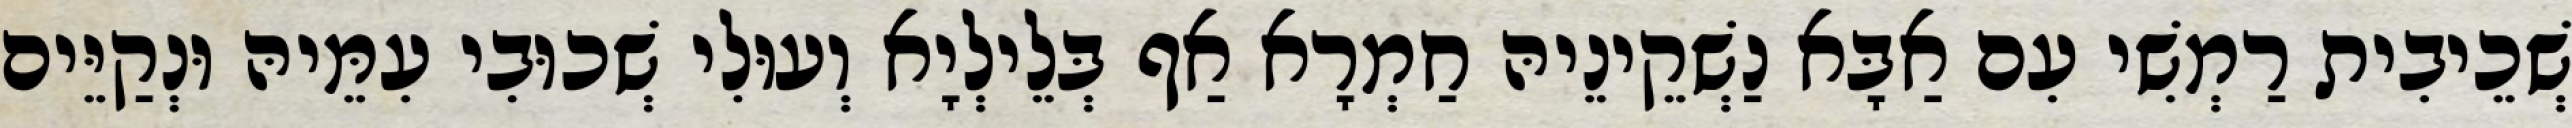
שְׁכֵיבִית רַמְשִׁי עִם אַבָּא נַשְׁקֵינֵיהּ חַמְרָא אַף בְּלֵילְיָא וְעוּלִי שְׁכוּבִי עִמֵּיהּ וּנְקַיֵּים